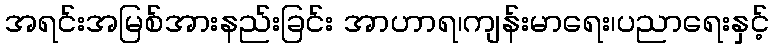
အရင်းအမြစ်အားနည်းခြင်း အာဟာရ၊ကျန်းမာရေး၊ပညာရေးနှင့်